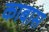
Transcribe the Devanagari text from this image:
काबास